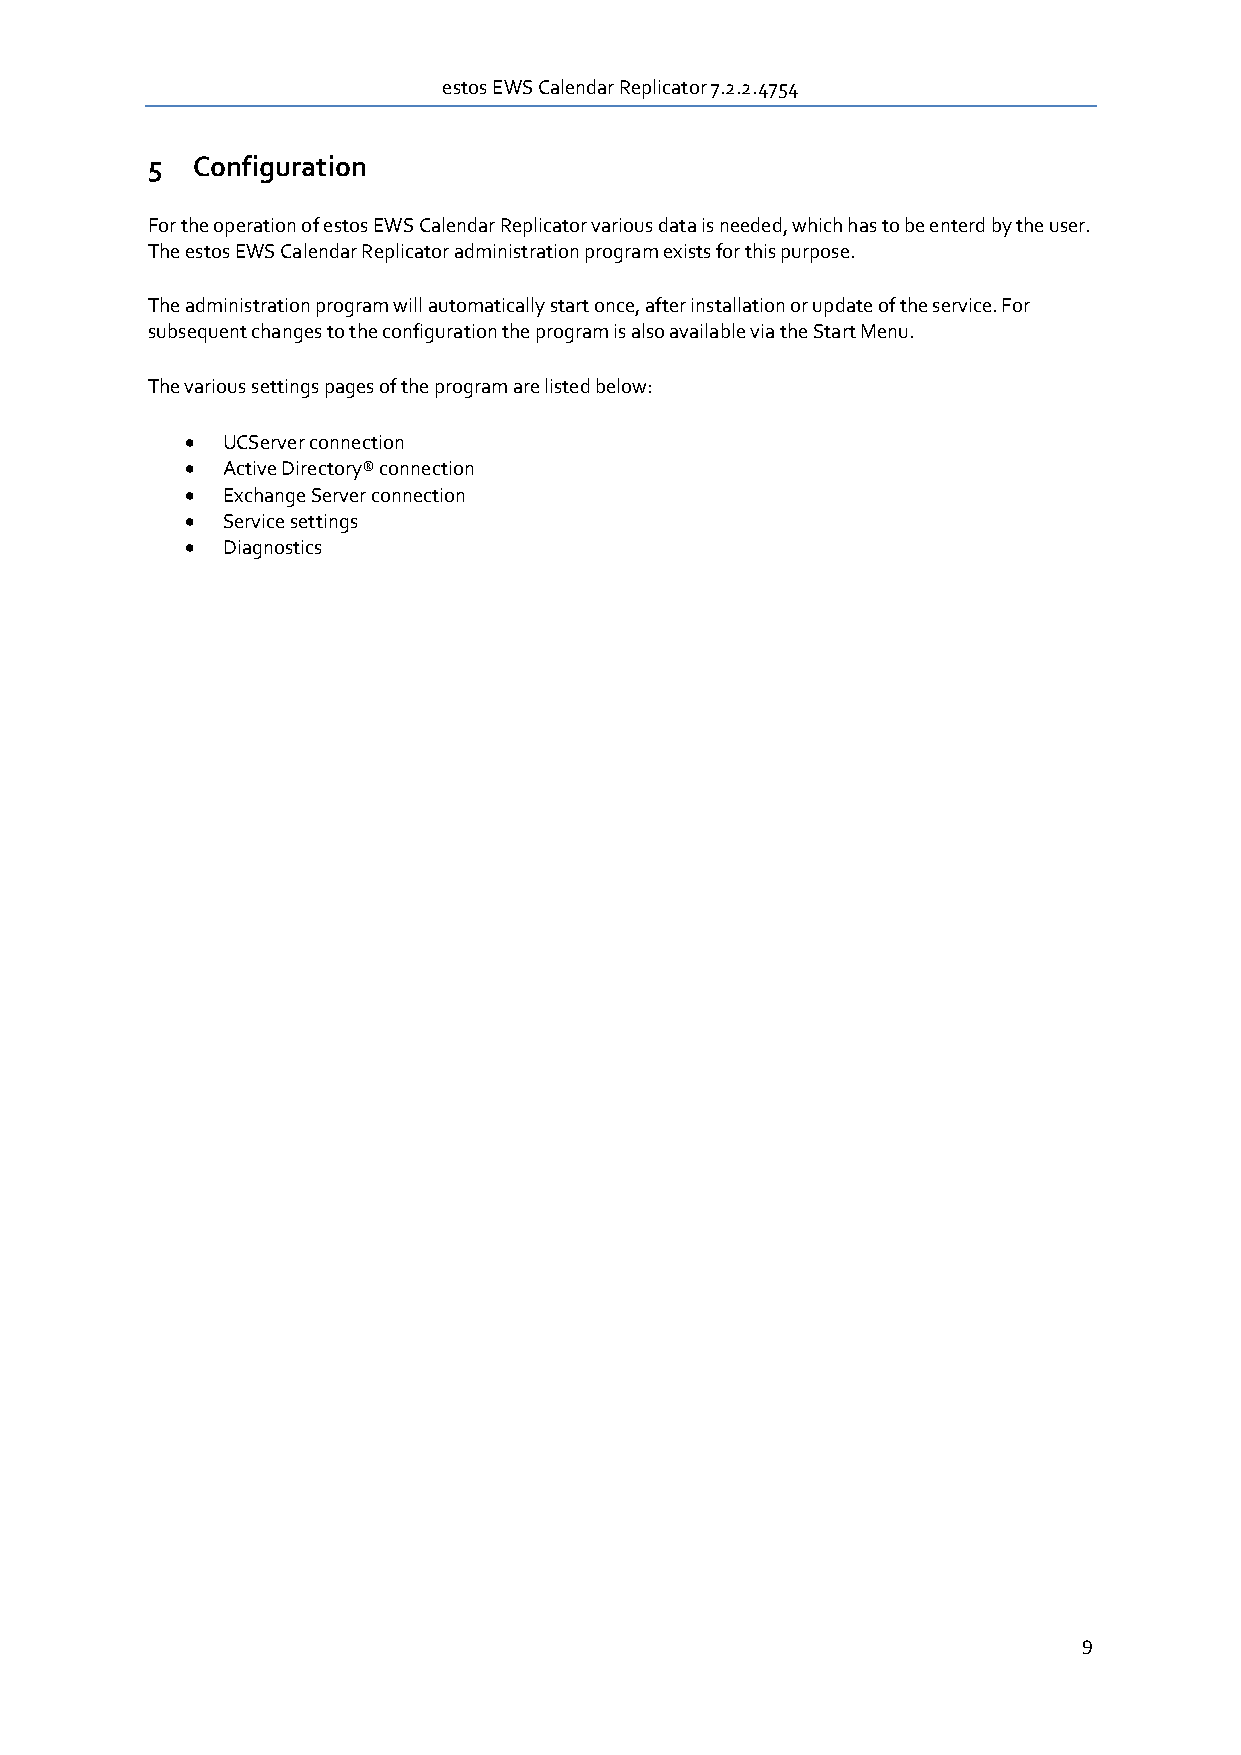
estos EWS Calendar Replicator 7.2.2.4754
 5  Configuration
 For the operation of estos EWS Calendar Replicator various data is needed, which has to be enterd by the user.
 The estos EWS Calendar Replicator administration program exists for this purpose.
 The administration program will automatically start once, after installation or update of the service. For
 subsequent changes to the configuration the program is also available via the Start Menu.
 The various settings pages of the program are listed below:
   UCServer connection
   Active Directory® connection
   Exchange Server connection
   Service settings
   Diagnostics
 9